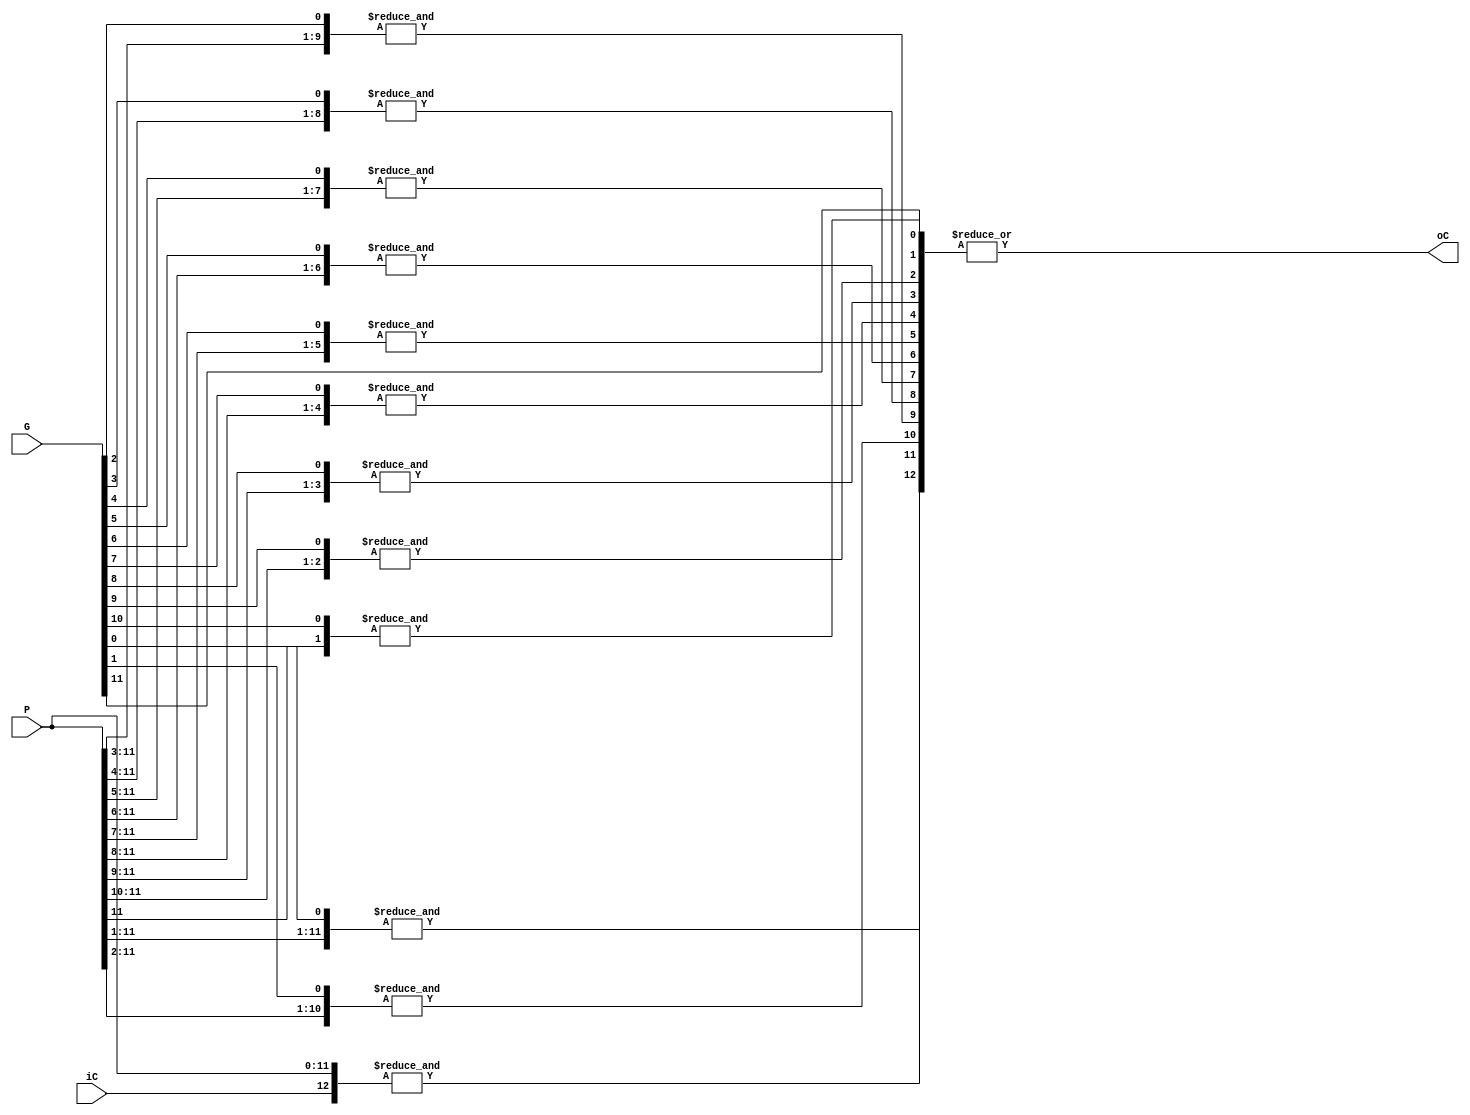
module Carry_lookahead_12bit#(parameter ADDER_WIDTH = 12)(
    input  wire [ADDER_WIDTH-1:0] G, P,
    input  wire                   iC,
    output wire                   oC    
);
    wire [ADDER_WIDTH:0]   _C;
    assign _C[12] = &{iC,P};
    assign _C[11] = &{G[0],P[11:1]};
    assign _C[10] = &{G[1],P[11:2]};
    assign _C[9] = &{G[2],P[11:3]};
    assign _C[8] = &{G[3],P[11:4]};
    assign _C[7] = &{G[4],P[11:5]};
    assign _C[6] = &{G[5],P[11:6]};
    assign _C[5] = &{G[6],P[11:7]};
    assign _C[4] = &{G[7],P[11:8]};
    assign _C[3] = &{G[8],P[11:9]};
    assign _C[2] = &{G[9],P[11:10]};
    assign _C[1] = &{G[10],P[11]};
    assign _C[0] = G[ADDER_WIDTH-1];
    
    assign oC = |_C;
endmodule